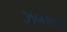
ઝબકારા